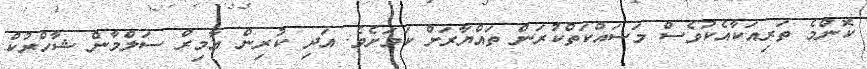
ކޮންމެ ތަރިއަކާއެކުވެސް މަސައްކަތްކުރަން ތައްޔާރަށް ކަމަށެވެ. އަދި ކުރިން އާމިރް ސަލްމާން ޝާހްރުކް